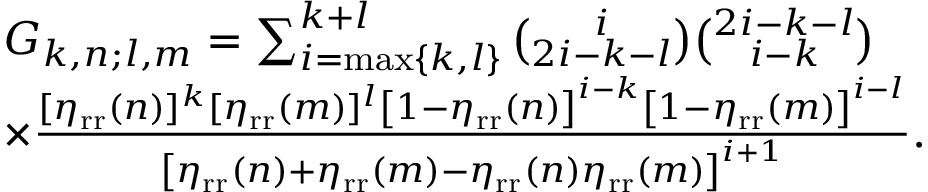
\begin{array} { r l } & { G _ { k , n ; l , m } = \sum _ { i = \mathrm { m a x } \left\lbrace k , l \right\rbrace } ^ { k + l } \binom { i } { 2 i - k - l } \binom { 2 i - k - l } { i - k } } \\ & { \times \frac { [ \eta _ { \mathrm { r r } } ( n ) ] ^ { k } [ \eta _ { \mathrm { r r } } ( m ) ] ^ { l } \left[ 1 - \eta _ { \mathrm { r r } } ( n ) \right] ^ { i - k } \left[ 1 - \eta _ { \mathrm { r r } } ( m ) \right] ^ { i - l } } { \left[ \eta _ { \mathrm { r r } } ( n ) + \eta _ { \mathrm { r r } } ( m ) - \eta _ { \mathrm { r r } } ( n ) \eta _ { \mathrm { r r } } ( m ) \right] ^ { i + 1 } } . } \end{array}